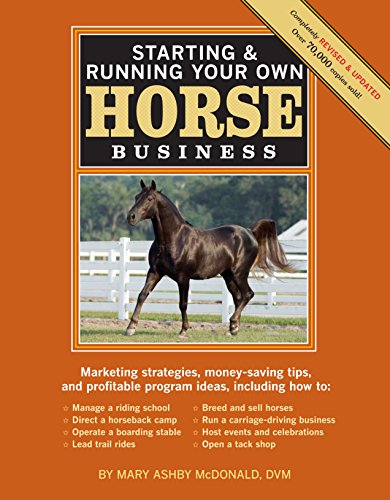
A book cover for Starting & Running Your Own Horse Business, 2nd Edition: Marketing strategies, money-saving tips, and profitable program ideas; Mary Ashby McDonald; Science & Math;